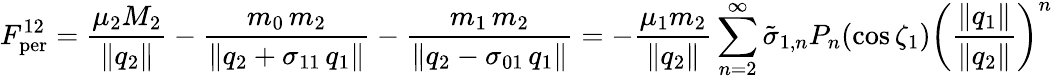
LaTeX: F_{\mathrm{per}}^{12}=\frac{\mu_{2}M_{2}}{\| q_{2}\| }-\frac{m_{0}\, m_{2}}{\| q_{2}+\sigma_{11}\, q_{1}\| }-\frac{m_{1}\, m_{2}}{\| q_{2}-\sigma_{01}\, q_{1}\| }=-\frac{\mu_{1}m_{2}}{\| q_{2}\| }\sum_{n=2}^{\infty}\tilde{\sigma}_{1,n}P_{n}(\cos\zeta_{1})\left(\frac{\| q_{1}\| }{\| q_{2}\| }\right)^{n}